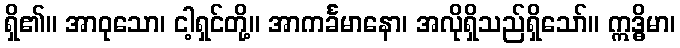
ရှိ၏။ အာဝုသော၊ ငါ့ရှင်တို့။ အာကင်္ခမာနော၊ အလိုရှိသည်ရှိသော်။ ဣဒ္ဓိမာ၊